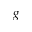
g